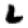
Digit: 2